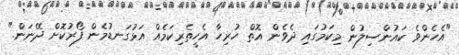
"އެހެންވެ ކައުންސިލުން މިކަމުގައި ދެވެން އޮތް ހުރިހާ އެހީތެރިކަމެއް އަޅުގަނޑުމެން ފޯރުކޮށް ދޭނަން."